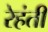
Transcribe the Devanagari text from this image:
रेहंती